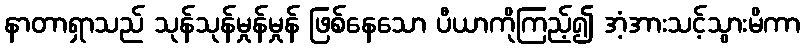
နာတာရှာသည် သုန်သုန်မှုန်မှုန် ဖြစ်နေသော ပီယာကိုကြည့်၍ အံ့အားသင့်သွားမိကာ